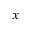
_ { x }